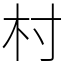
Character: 村